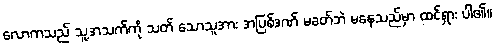
လောကသည် သူ့အသက်ကို သတ် သောသူအား အပြစ်ဒဏ် မခတ်ဘဲ မနေသည်မှာ ထင်ရှား ပါ၏။